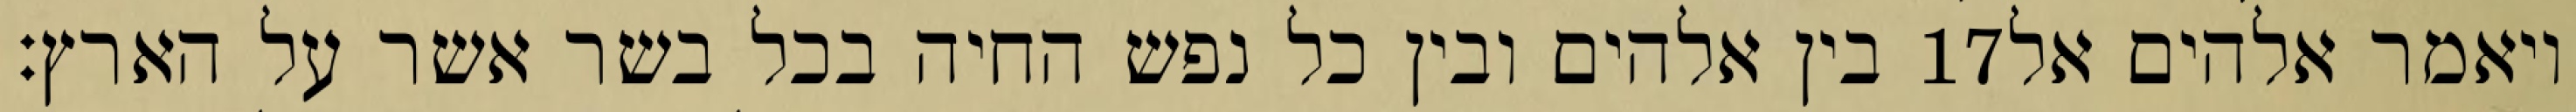
בין אלהים ובין כל נפש החיה בכל בשר אשר על הארץ׃ ‎17‏ ויאמר אלהים אל